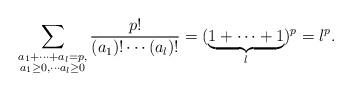
LaTeX: \begin{align*} \sum_{ \substack{a_1+\cdots + a_l=p,\\a_1 \geq 0,\cdots a_l \geq 0}} \frac{p!}{(a_1)! \cdots (a_l)!} = (\underbrace{1+ \cdots + 1 }_{l })^p= l^{p}.\end{align*}